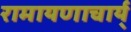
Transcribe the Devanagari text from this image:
रामायणाचार्य्